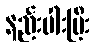
နည်းပါးပြီး